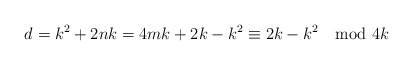
\begin{align*}d=k^2+2nk=4mk+2k-k^2\equiv 2k-k^2 \mod 4k\end{align*}